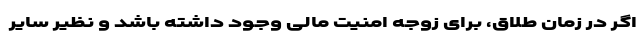
اگر در زمان طلاق، برای زوجه امنیت مالی وجود داشته باشد و نظیر سایر